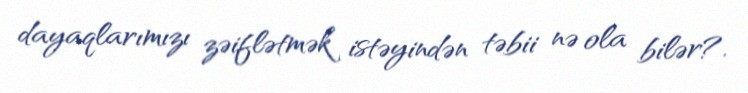
dayaqlarımızı zəiflətmək istəyindən təbii nə ola bilər?.